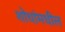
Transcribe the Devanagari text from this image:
शोधांमधील